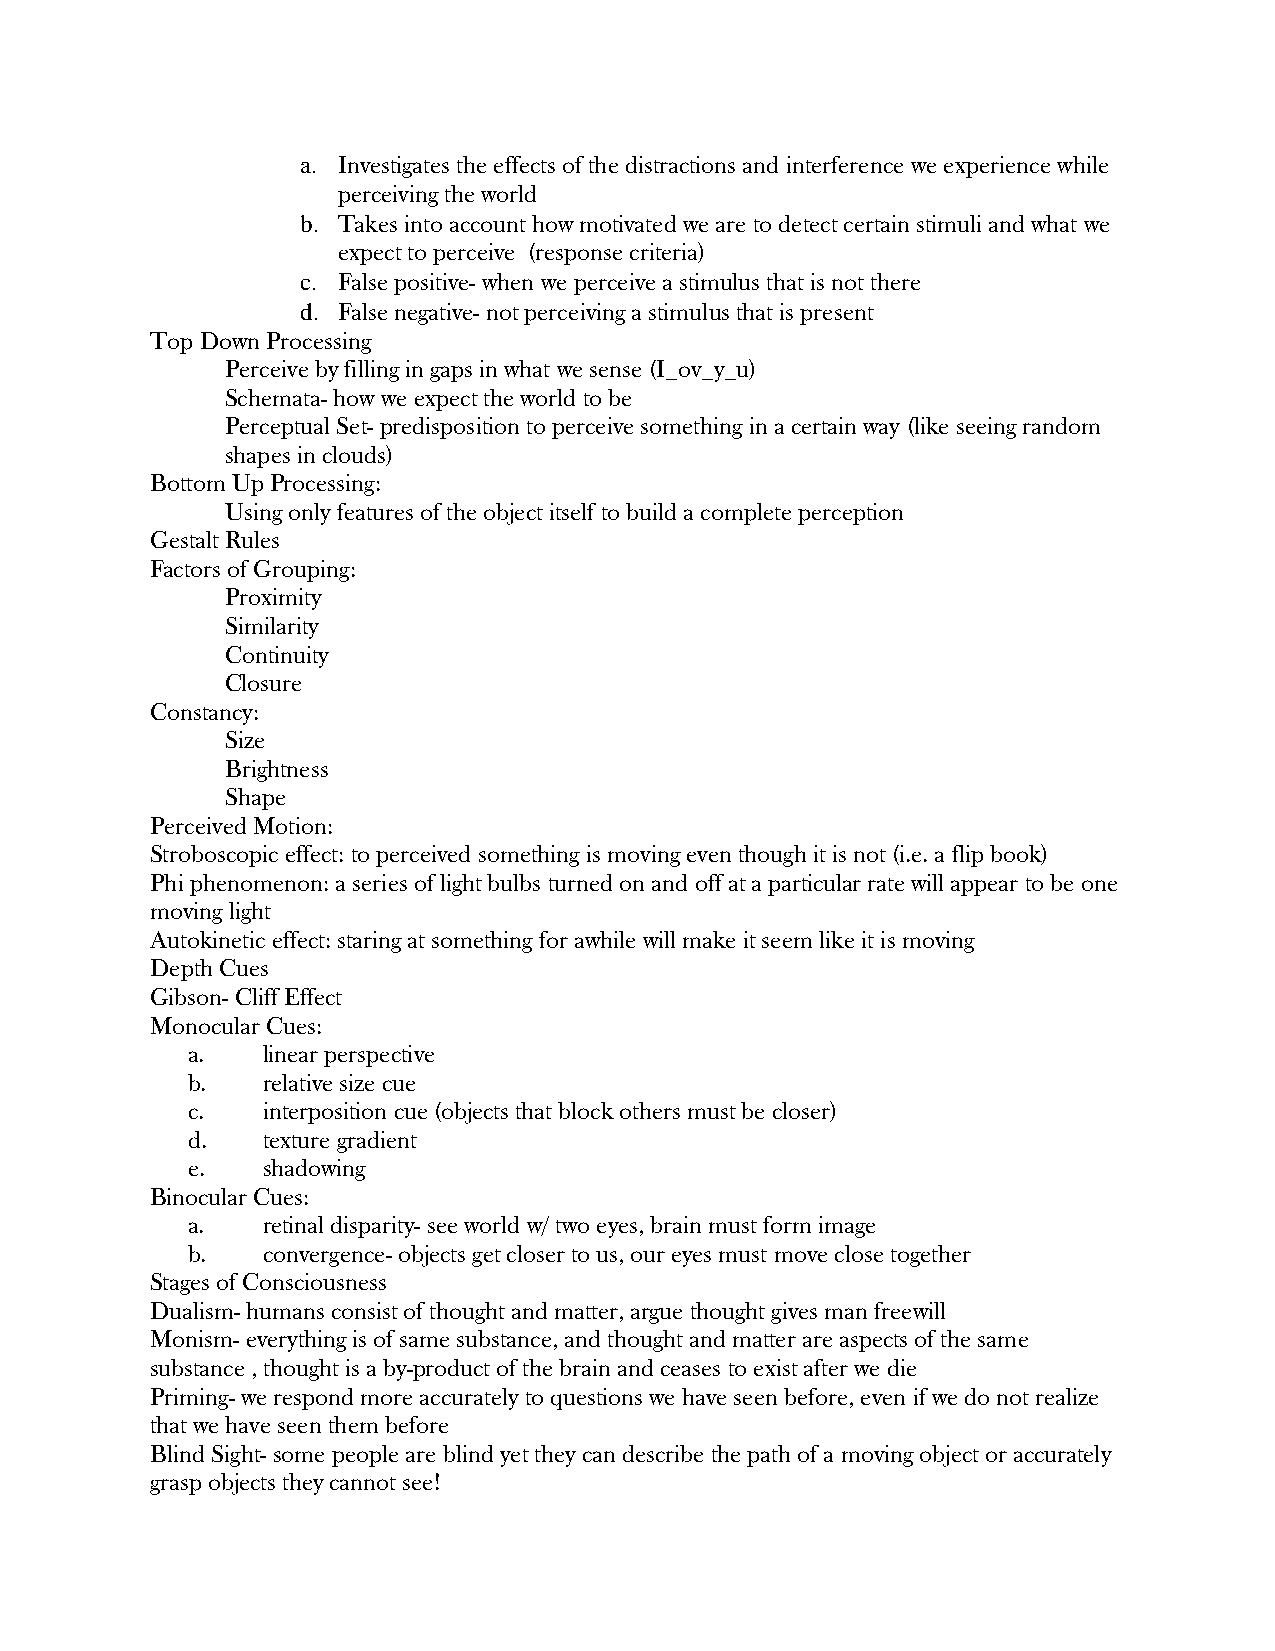
a. Investigates the effects of the distractions and interference we experience while
 perceiving the world
 b. Takes into account how motivated we are to detect certain stimuli and what we
 expect to perceive (response criteria)
 c. False positive- when we perceive a stimulus that is not there
 d. False negative- not perceiving a stimulus that is present
 Top Down Processing
 Perceive by filling in gaps in what we sense (I_ov_y_u)
 Schemata- how we expect the world to be
 Perceptual Set- predisposition to perceive something in a certain way (like seeing random
 shapes in clouds)
 Bottom Up Processing:
 Using only features of the object itself to build a complete perception
 Gestalt Rules
 Factors of Grouping:
 Proximity
 Similarity
 Continuity
 Closure
 Constancy:
 Size
 Brightness
 Shape
 Perceived Motion:
 Stroboscopic effect: to perceived something is moving even though it is not (i.e. a flip book)
 Phi phenomenon: a series of light bulbs turned on and off at a particular rate will appear to be one
 moving light
 Autokinetic effect: staring at something for awhile will make it seem like it is moving
 Depth Cues
 Gibson- Cliff Effect
 Monocular Cues:
 a.   linear perspective
 b.   relative size cue
 c.   interposition cue (objects that block others must be closer)
 d.   texture gradient
 e.   shadowing
 Binocular Cues:
 a.   retinal disparity- see world w/ two eyes, brain must form image
 b.   convergence- objects get closer to us, our eyes must move close together
 Stages of Consciousness
 Dualism- humans consist of thought and matter, argue thought gives man freewill
 Monism- everything is of same substance, and thought and matter are aspects of the same
 substance , thought is a by-product of the brain and ceases to exist after we die
 Priming- we respond more accurately to questions we have seen before, even if we do not realize
 that we have seen them before
 Blind Sight- some people are blind yet they can describe the path of a moving object or accurately
 grasp objects they cannot see!